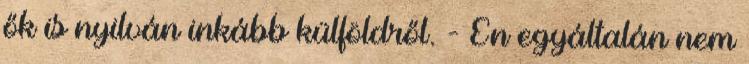
ők is nyilván inkább külföldről. - Én egyáltalán nem